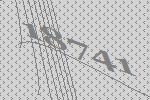
18741